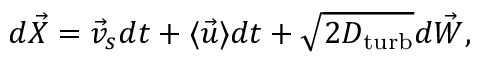
d \vec { X } = \vec { v } _ { s } d t + \langle \vec { u } \rangle d t + \sqrt { 2 D _ { \mathrm { t u r b } } } d \vec { W } ,